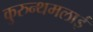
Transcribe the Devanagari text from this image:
कुरुन्थमलाई